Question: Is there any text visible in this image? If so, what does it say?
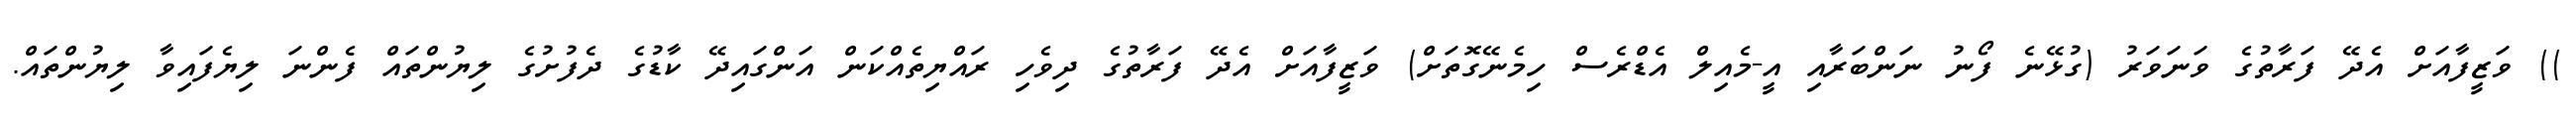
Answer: )) ވަޒީފާއަށް އެދޭ ފަރާތުގެ ވަނަވަރު (ގުޅޭނެ ފޯނު ނަންބަރާއި އީ-މެއިލް އެޑްރެސް ހިމެނޭގޮތަށް) ވަޒީފާއަށް އެދޭ ފަރާތުގެ ދިވެހި ރައްޔިތެއްކަން އަންގައިދޭ ކާޑުގެ ދެފުށުގެ ލިޔުންތައް ފެންނަ ލިޔެފައިވާ ލިޔުންތައް.